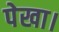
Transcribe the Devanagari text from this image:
पेखा।